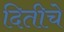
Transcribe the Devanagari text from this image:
दितीचे